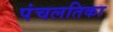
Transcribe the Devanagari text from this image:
पंचलतिका